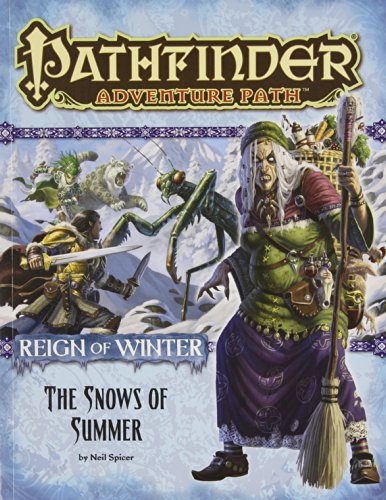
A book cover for Pathfinder Adventure Path: Reign of Winter Part 1 - The Snows of Summer; Neil Spicer; Science Fiction & Fantasy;